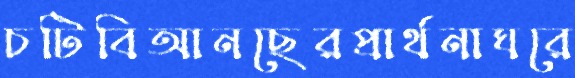
চটিবিআনছেরপ্রার্থনাঘরে